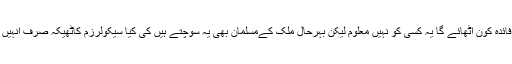
اس انتشار کا فائدہ کون اٹھائے گا یہ کسی کو نہیں معلوم لیکن بہرحال ملک کےمسلمان بھی یہ سوچتے ہیں کی کیا سیکولرزم کاٹھیکہ صرف انہیں کے سر ہے؟